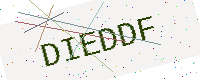
Text: DIEDDF